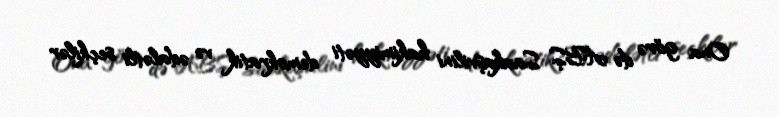
Ona görə də ABŞ Saakaşvilini hakimiyyəti demokratik və ədalətli seçkilər